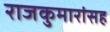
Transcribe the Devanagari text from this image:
राजकुमारांसह